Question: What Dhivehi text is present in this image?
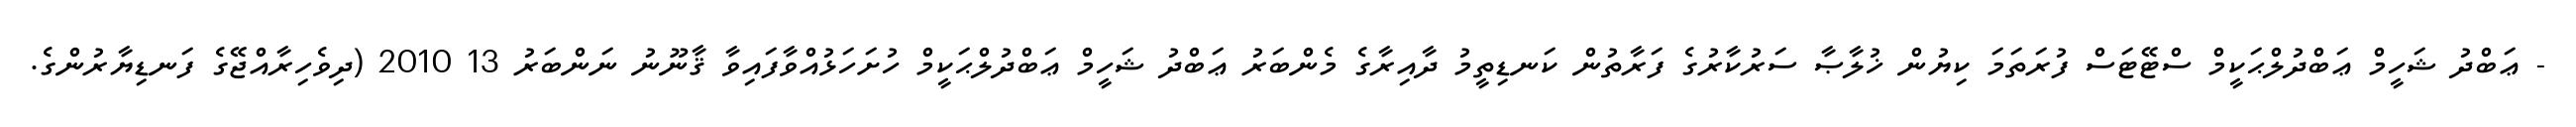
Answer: - ޢަބްދު ޝަހީމް ޢަބްދުލްޙަކީމް ސްޓޭޓަސް ފުރަތަމަ ކިޔުން ޚުލާޞާ ސަރުކާރުގެ ފަރާތުން ކަނޑިތީމު ދާއިރާގެ މެންބަރު ޢަބްދު ޝަހީމް ޢަބްދުލްޙަކީމް ހުށަހަޅުއްވާފައިވާ ޤާނޫނު ނަންބަރު 13 2010 (ދިވެހިރާއްޖޭގެ ފަނޑިޔާރުންގެ.